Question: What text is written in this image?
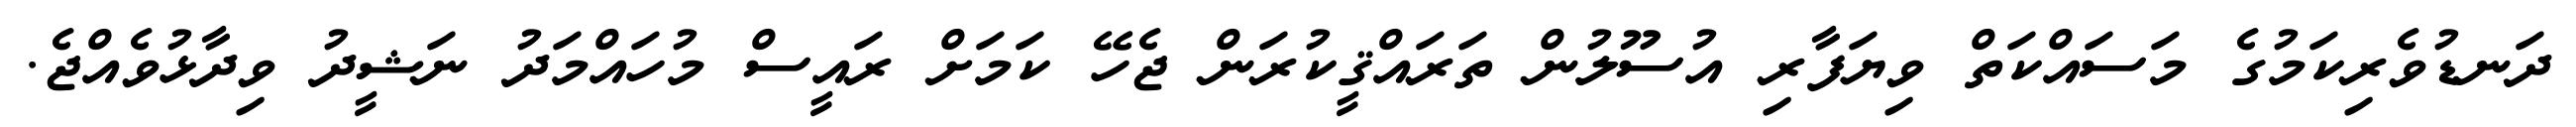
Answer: ދަނޑުވެރިކަމުގެ މަސައްކަތް ވިޔަފާރި އުސޫލުން ތަރައްޤީކުރަން ޖެހޭ ކަމަށް ރައީސް މުހައްމަދު ނަޝީދު ވިދާޅުވެއްޖެ.